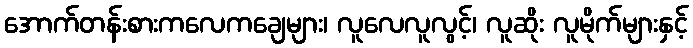
အောက်တန်းစားကလေကချေများ၊ လူလေလူလွင့်၊ လူဆိုး လူမိုက်များနှင့်